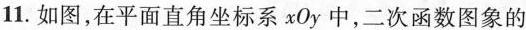
11.如图，在平面直角坐标系xOy中，二次函数图象的